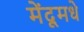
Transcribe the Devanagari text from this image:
मेंदूमधे